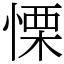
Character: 慄